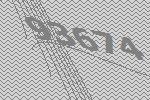
93674